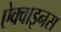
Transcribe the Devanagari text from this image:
ऐक्वाइनस